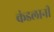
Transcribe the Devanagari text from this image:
कंडलानी